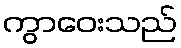
ကွာဝေးသည်